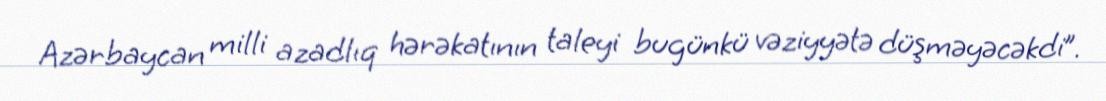
Azərbaycan milli azadlıq hərəkatının taleyi bugünkü vəziyyətə düşməyəcəkdi”.